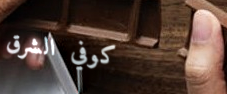
كوفي الشرق